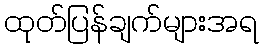
ထုတ်ပြန်ချက်များအရ